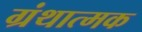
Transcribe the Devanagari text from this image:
ग्रंथात्मक